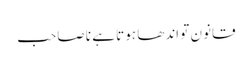
قانون تو اندھا ہوتا ہے نا صاحب